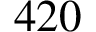
4 2 0